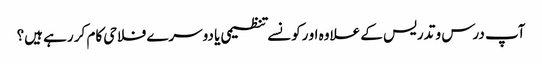
آپ درس و تدریس کے علاوہ او رکونسے تنظیمی یا دوسرے فلاحی کام کر رہے ہیں؟